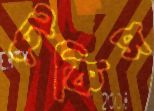
টুকিস